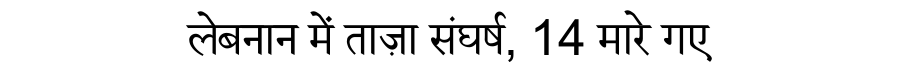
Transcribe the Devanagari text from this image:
लेबनान में ताज़ा संघर्ष, 14 मारे गए